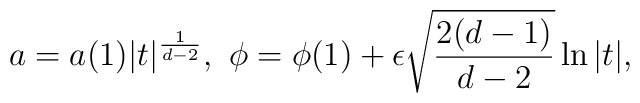
a=a(1)\vert t\vert ^{\frac{1}{d-2}},\ \phi=\phi (1)+ \epsilon\sqrt{\frac{2(d-1)}{d-2}}\ln \vert t \vert,